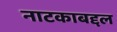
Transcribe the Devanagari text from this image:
नाटकाबद्दल